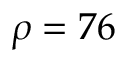
\rho = 7 6